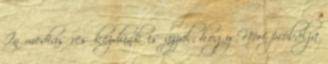
In medias res kezdünk is azzal, hogy Nóri próbálja